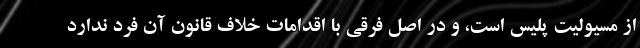
از مسیولیت پلیس است، و در اصل فرقی با اقدامات خلاف قانون آن فرد ندارد